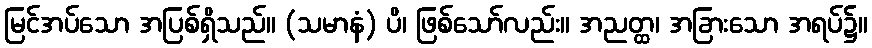
မြင်အပ်သော အပြစ်ရှိသည်။ (သမာနံ) ပိ၊ ဖြစ်သော်လည်း။ အညတ္ထ၊ အခြားသော အရပ်၌။